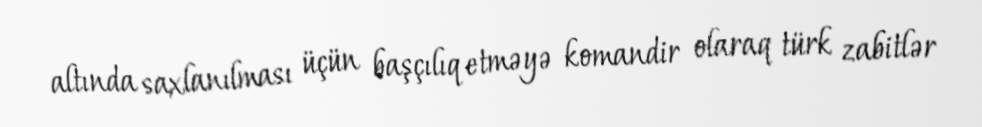
altında saxlanılması üçün başçılıq etməyə komandir olaraq türk zabitlər